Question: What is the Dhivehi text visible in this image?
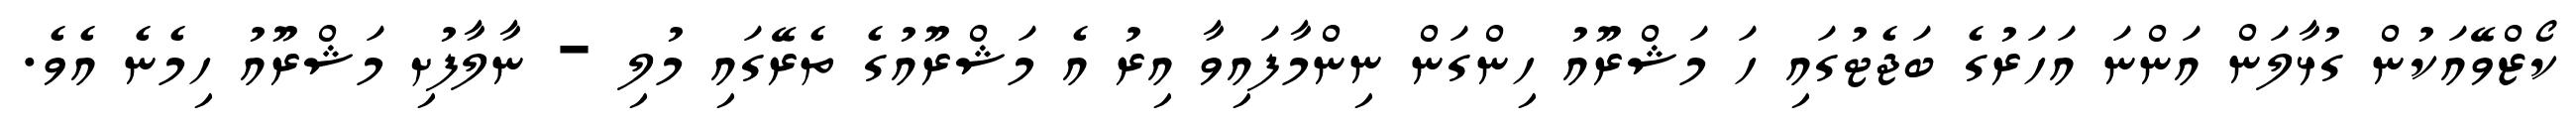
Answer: ކޯޒްވޭއަކުން ގުޅާލަން އަންނަ އަހަރުގެ ބަޖެޓުގައި ހަ މަޝްރޫއު ހިންގަން ނިންމާފައިވާ އިރު އެ މަޝްރޫއުގެ ތެރޭގައި މުލި - ނާލާފުށި މަޝްރޫއު ހިމެނެ އެވެ.